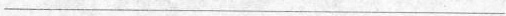
___